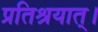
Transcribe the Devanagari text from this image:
प्रतिश्रयात्।